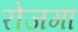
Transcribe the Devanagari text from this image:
रोजगा